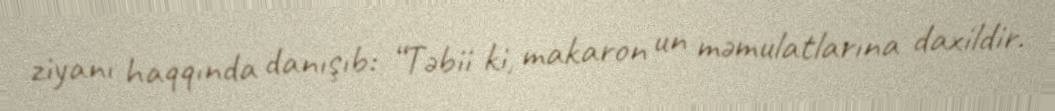
ziyanı haqqında danışıb: “Təbii ki, makaron un məmulatlarına daxildir.